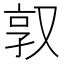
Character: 𫨿